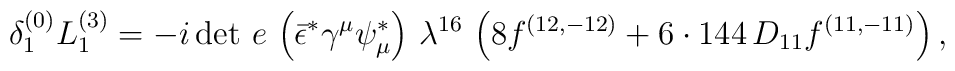
{\delta_1^{(0)} L^{(3)}_1 = -i \, {\det\,e}\, \left(\bar \epsilon^* \gamma^\mu \psi_\mu^*\right)\, \lambda^{16}\,\left( 8 f^{(12,-12)} + 6 \cdot  144\, D_{11} f^{(11,-11)}\right),}